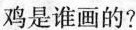
鸡是谁画的?